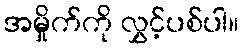
အမှိုက်ကို လွှင့်ပစ်ပါ။